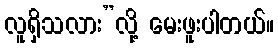
လူရှိသလား”လို့ မေးဖူးပါတယ်။